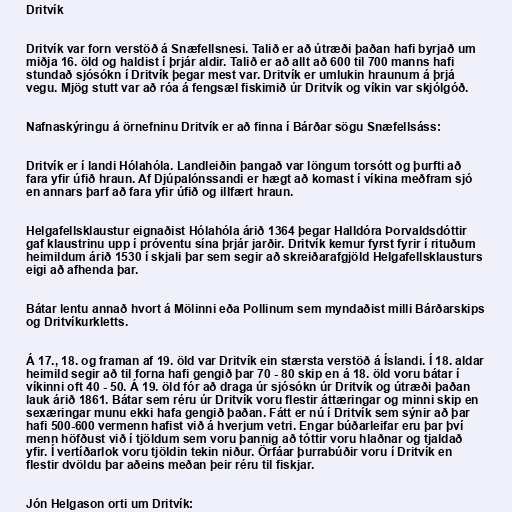
Dritvík

Dritvík var forn verstöð á Snæfellsnesi. Talið er að útræði þaðan hafi byrjað um
miðja 16. öld og haldist í þrjár aldir. Talið er að allt að 600 til 700 manns hafi
stundað sjósókn í Dritvík þegar mest var. Dritvík er umlukin hraunum á þrjá
vegu. Mjög stutt var að róa á fengsæl fiskimið úr Dritvík og víkin var skjólgóð.

Nafnaskýringu á örnefninu Dritvík er að finna í Bárðar sögu Snæfellsáss:

Dritvík er í landi Hólahóla. Landleiðin þangað var löngum torsótt og þurfti að
fara yfir úfið hraun. Af Djúpalónssandi er hægt að komast í víkina meðfram sjó
en annars þarf að fara yfir úfið og illfært hraun.

Helgafellsklaustur eignaðist Hólahóla árið 1364 þegar Halldóra Þorvaldsdóttir
gaf klaustrinu upp í próventu sína þrjár jarðir. Dritvík kemur fyrst fyrir í rituðum
heimildum árið 1530 í skjali þar sem segir að skreiðarafgjöld Helgafellsklausturs
eigi að afhenda þar.

Bátar lentu annað hvort á Mölinni eða Pollinum sem myndaðist milli Bárðarskips
og Dritvíkurkletts.

Á 17., 18. og framan af 19. öld var Dritvík ein stærsta verstöð á Íslandi. Í 18. aldar
heimild segir að til forna hafi gengið þar 70 - 80 skip en á 18. öld voru bátar í
víkinni oft 40 - 50. Á 19. öld fór að draga úr sjósókn úr Dritvík og útræði þaðan
lauk árið 1861. Bátar sem réru úr Dritvík voru flestir áttæringar og minni skip en
sexæringar munu ekki hafa gengið þaðan. Fátt er nú í Dritvík sem sýnir að þar
hafi 500-600 vermenn hafist við á hverjum vetri. Engar búðarleifar eru þar því
menn höfðust við í tjöldum sem voru þannig að tóttir voru hlaðnar og tjaldað
yfir. Í vertíðarlok voru tjöldin tekin niður. Örfáar þurrabúðir voru í Dritvík en
flestir dvöldu þar aðeins meðan þeir réru til fiskjar.

Jón Helgason orti um Dritvík: